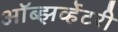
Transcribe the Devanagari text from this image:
ऑब्झर्व्हेटरी